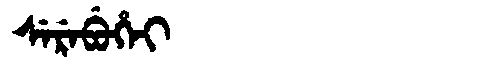
Manchu: ᠰᡝᡵᡝᠪᡠᡥᡝᡳ
Romanization: SEREBUHEI